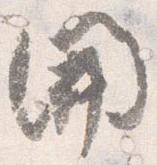
開